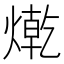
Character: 𤍯